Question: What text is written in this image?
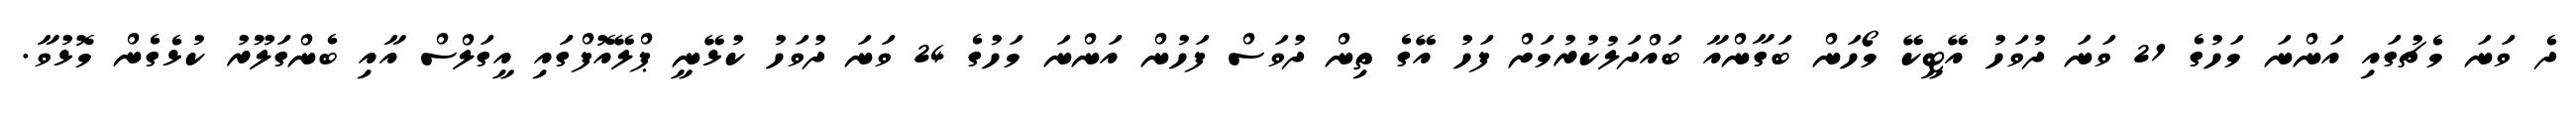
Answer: ދެ ވަނަ މެޗުގައި އަންނަ މަހުގެ 21 ވަނަ ދުވަހު އޭޓީކޭ މޯހަން ބަގާންއާ ބައްދަލުކުރުމަށް ފަހު އޭގެ ތިން ދުވަސް ފަހުން އަންނަ މަހުގެ 24 ވަނަ ދުވަހު ކުޅޭނީ ޕްލޭއޮފްގައި އީގަލްސް އާއި ބެންގަލޫރު ކުޅެގެން މޮޅުވާ.